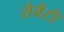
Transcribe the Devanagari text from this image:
सेवैंटी